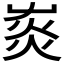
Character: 𤉞